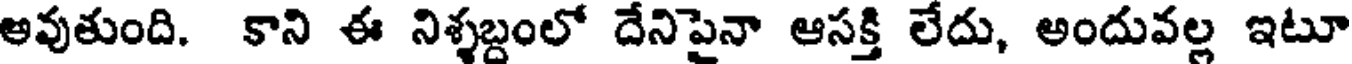
అవుతుంది. కాని ఈ నిశ్శబ్దంలో దేనిపైనా ఆసక్తి లేదు, అందువల్ల ఇటూ